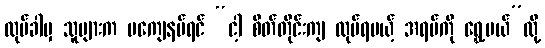
လုပ်ခါမှ သူများက မကျေနပ်ရင် “ငါ့ စိတ်တိုင်းကျ လုပ်ရမယ့် အရပ်ကို ရွှေ့မယ်”လို့